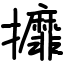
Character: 攠